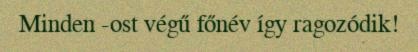
Minden -ost végű főnév így ragozódik!